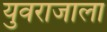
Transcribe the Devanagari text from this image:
युवराजाला